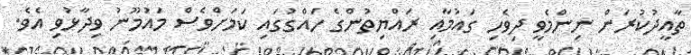
ތާއީދުކުރަން ނިންމެވީ ދިވެހި ގައުމާއި ރައްޔިތުންގެ ހައްގުގައި ކަމަށްވެސް މައުމޫނު ވިދާޅުވި އެވެ.